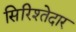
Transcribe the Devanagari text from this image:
सिरिश्तेदार